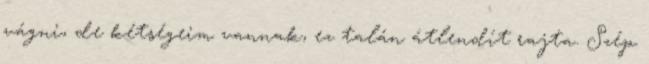
vágni, de kétségeim vannak, ez talán átlendít rajta. Szép